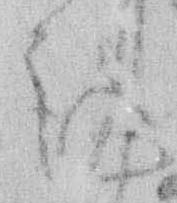
謹